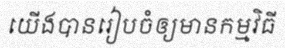
យើងបានរៀបចំឲ្យមានកម្មវិធី